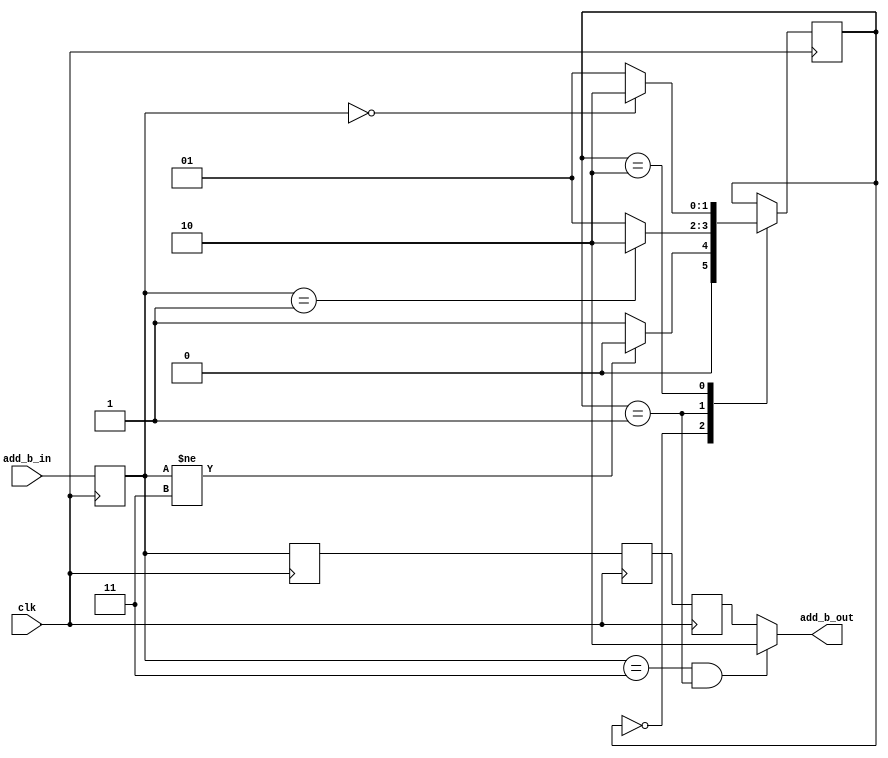
module hdb3_add_b(
  input clk,
  input [1:0] add_b_in,
  output wire[1:0] add_b_out
);

parameter HDB3_0 = 2'B00; 
parameter HDB3_1 = 2'B01; 
parameter HDB3_V = 2'B11; 
parameter HDB3_B = 2'B10; 

parameter init = 2'b00;
parameter xV = 2'b01;
parameter V1= 2'b10;
reg[1:0] state = init;

reg [1:0] data[3:0];

always @(posedge clk) begin
  data[3] <= data[2];
  data[2] <= data[1];
  data[1] <= data[0];
  data[0] <= add_b_in;
end

always @(posedge clk)begin
  case(state)
  init:
  begin
    if(data[0] != HDB3_V) state <= init;
	 else state <= xV;
  end
  xV:
  begin
	 if(data[0] == HDB3_1) state <= V1;
	 else state <= xV;
  end
  V1:
  begin
    if(data[0] == HDB3_0) state <= V1;
	 else state <= xV;
  end
  endcase
end

assign add_b_out = ((data[0] == HDB3_V)&(state == xV)) ? HDB3_B:data[3];

endmodule